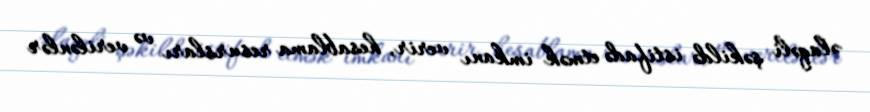
əlaqəli şəkildə istifadə etmək imkanı verir, hesablama resursları və verilənlər